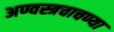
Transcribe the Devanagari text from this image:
अण्वस्त्रचाचण्या